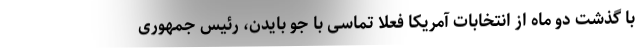
با گذشت دو ماه از انتخابات آمریکا فعلا تماسی با جو بایدن، رئیس جمهوری